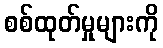
စစ်ထုတ်မှုများကို